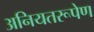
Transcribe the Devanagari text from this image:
अनियतरूपेण